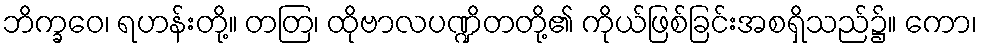
ဘိက္ခဝေ၊ ရဟန်းတို့။ တတြ၊ ထိုဗာလပဏ္ဍိတတို့၏ ကိုယ်ဖြစ်ခြင်းအစရှိသည်၌။ ကော၊